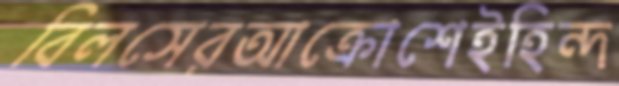
বিলসেরআক্রোশেইহিন্দ